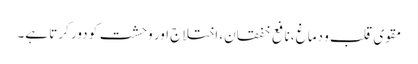
مقوی قلب و دماغ ،نافع خفقان، اختلاج اور وحشت کو دور کرتا ہے۔